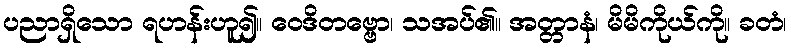
ပညာရှိသော ရဟန်းဟူ၍။ ဝေဒိတဗ္ဗော၊ သအပ်၏။ အတ္တာနံ၊ မိမိကိုယ်ကို။ ခတံ၊